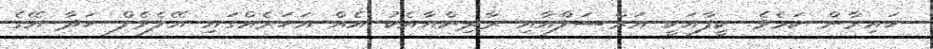
ހައިރާން ކަމެވެ. ކީފާއަކީ އަރްސަލްއާއި ރާދިންއާއެކު އެއް އަހަރެއްގައި އޭލެވެލް ހަދާ އޭގެ